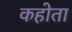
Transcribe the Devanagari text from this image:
कहोता